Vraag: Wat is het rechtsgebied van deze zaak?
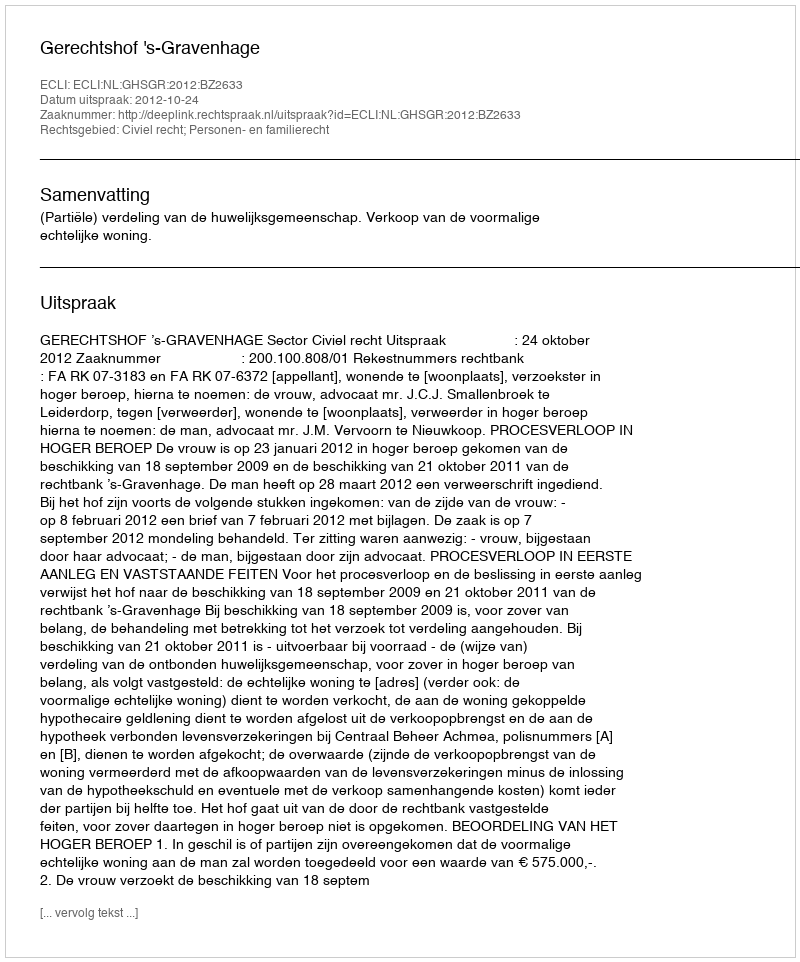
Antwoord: Civiel recht; Personen- en familierecht